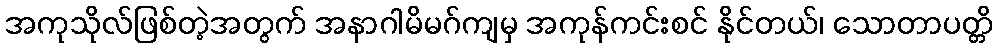
အကုသိုလ်ဖြစ်တဲ့အတွက် အနာဂါမိမဂ်ကျမှ အကုန်ကင်းစင် နိုင်တယ်၊ သောတာပတ္တိ